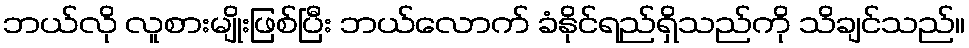
ဘယ်လို လူစားမျိုးဖြစ်ပြီး ဘယ်လောက် ခံနိုင်ရည်ရှိသည်ကို သိချင်သည်။